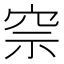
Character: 𥥓